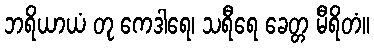
ဘရိယာယံ တု ကေဒါရေ၊ သရီရေ ခေတ္တ မီရိတံ။